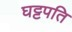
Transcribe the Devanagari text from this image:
घट्टपति